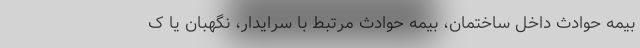
بیمه حوادث داخل ساختمان، بیمه حوادث مرتبط با سرایدار، نگهبان یا ک